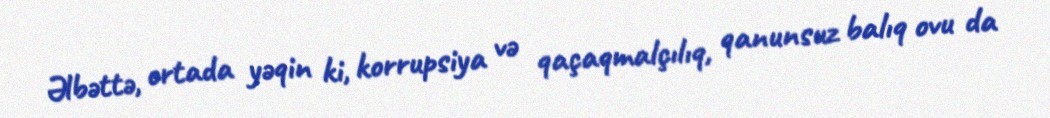
Əlbəttə, ortada yəqin ki, korrupsiya və qaçaqmalçılıq, qanunsuz balıq ovu da